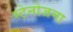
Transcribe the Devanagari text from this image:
स्टेनोजना